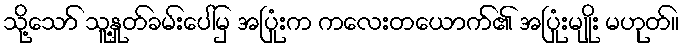
သို့သော် သူ့နှုတ်ခမ်းပေါ်မှ အပြုံးက ကလေးတယောက်၏ အပြုံးမျိုး မဟုတ်။